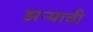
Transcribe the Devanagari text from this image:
झऱ्याची